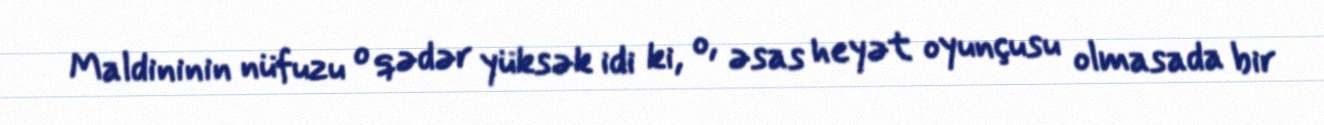
Maldininin nüfuzu o qədər yüksək idi ki, o, əsas heyət oyunçusu olmasada bir